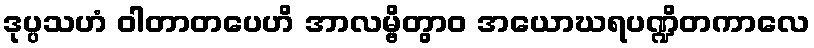
ဒုပ္ပသဟံ ဝါတာတပေဟိ အာလမ္ဗိတွာဝ အယောဃရပဏ္ဍိတကာလေ